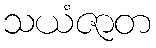
သယံဇာတ